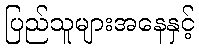
ပြည်သူများအနေနှင့်